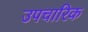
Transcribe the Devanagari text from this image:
उपचारिक